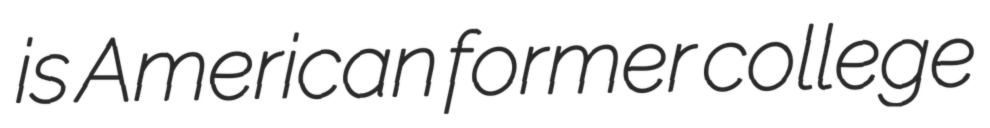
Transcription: is American former college